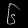
Digit: ၆